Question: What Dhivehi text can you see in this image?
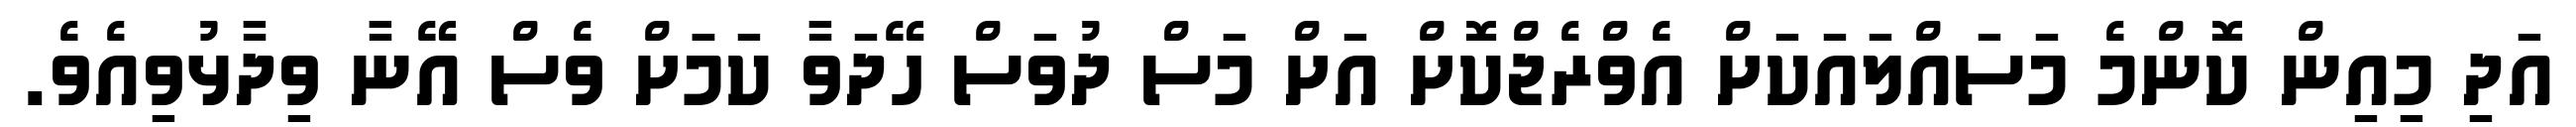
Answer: އަދި މިއިން ކޮންމެ މަސައްލައަކަށް އެވްރެޖްކޮށް އަށް މަސް ދުވަސް ހޭދަވާ ކަމަަށް ވެސް އޭނާ ވިދާޅުވިއެވެ.